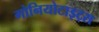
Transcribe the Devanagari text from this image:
गोनियोटाइट्स